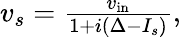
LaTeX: \begin{array}{r}{v_{s}=\frac{v_{\mathrm{in}}}{1+i(\Delta-I_{s})},}\end{array}